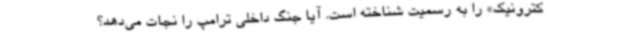
کترونیک» را به‌ رسمیت شناخته است. آیا جنگ داخلی ترامپ را نجات می‌دهد؟